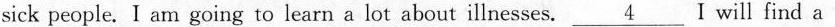
sick people. I am going to learn a lot about illnesses. \underline{4} I will find a